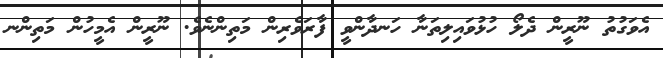
އެވަގުތު ނޫރީން ދެލޯ ހުޅުވައިލިތަނާ ހަނދާންވީ ފާރަވެރިން މަތިންނެވެ. ނޫރީން އެމީހުން މަތިންނ